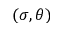
( \sigma , \theta )